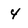
Character: 4